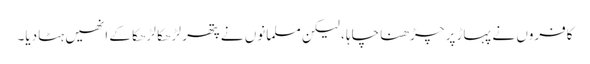
کافروں نے پہاڑ پر چڑھنا چاہا ، لیکن مسلمانوں نے پتھر لڑھکا لڑھکا کے انھیں ہٹا دیا۔